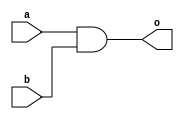
`timescale 1ns/1ps
module nand_and(
    input a,
    input b,
    output o
    );

wire w;
nand(w, a, b);
nand(o, w, w);

endmodule

module nand_or(
    input a,
    input b,
    output o
    );

wire w0, w1;
nand(w0, a, a);
nand(w1, b, b);
nand(o, w0, w1);

endmodule

module nand_not(
    input i,
    output o
    );

nand(o, i, i);

endmodule

module nand_xor(
    input a,
    input b,
    output o
    );

wire not_a, not_b, w0, w1;
nand_not g0(a, not_a);
nand_not g1(b, not_b);
nand_and g2(a, not_b, w0);
nand_and g3(b, not_a, w1);
nand_or g4(w0, w1, o);

endmodule

module Majority(a, b, c, out);
input a, b, c;
output out;

wire [3:0] w;
nand_and g0(a, b, w[0]),
         g1(b, c, w[1]),
         g2(a, c, w[2]);
nand_or g3(w[0], w[1], w[3]),
        g4(w[2], w[3], out);

endmodule

module Half_Adder(a, b, cout, sum);
input a, b;
output cout, sum;

nand_xor g0(a, b, sum);
nand_and g1(a, b, cout);

endmodule

module Full_Adder (a, b, cin, cout, sum);
input a, b, cin;
output cout, sum;

wire w;
nand_xor g0(a, b, w);
nand_xor g1(w, cin, sum);

Majority m(a, b, cin, cout);

endmodule


module Ripple_Carry_Adder_8(a, b, cin, cout, sum);
input [8-1:0] a, b;
input cin;
output cout;
output [8-1:0] sum;

wire [7-1:0] c;

Full_Adder f1(a[0], b[0], cin, c[0], sum[0]),
           f2(a[1], b[1], c[0], c[1], sum[1]),
           f3(a[2], b[2], c[1], c[2], sum[2]),
           f4(a[3], b[3], c[2], c[3], sum[3]),
           f5(a[4], b[4], c[3], c[4], sum[4]),
           f6(a[5], b[5], c[4], c[5], sum[5]),
           f7(a[6], b[6], c[5], c[6], sum[6]),
           f8(a[7], b[7], c[6], cout, sum[7]);
endmodule